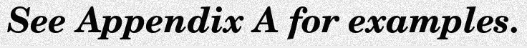
See Appendix A for examples.